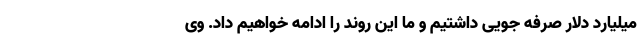
میلیارد دلار صرفه جویی داشتیم و ما این روند را ادامه خواهیم داد. وی